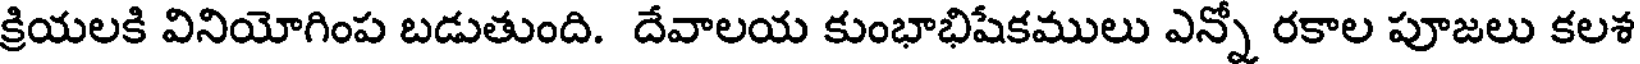
క్రియలకి వినియోగింప బడుతుంది. దేవాలయ కుంభాభిషేకములు ఎన్నో రకాల పూజలు కలశ